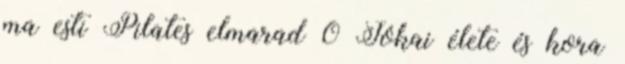
ma esti Pilates elmarad 0 Jókai élete és kora